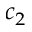
c _ { 2 }